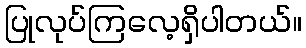
ပြုလုပ်ကြလေ့ရှိပါတယ်။